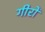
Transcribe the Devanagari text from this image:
गीरों